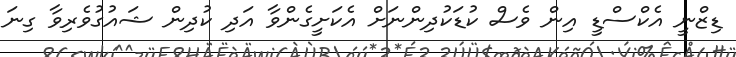
ޑިޒްނީ އެކްސްޑީ އިން ވެސް ކުޑަކުދިންނަށް އެކަށީގެންވާ އަދި ކުދިން ޝައުގުވެރިވާ ގިނަ